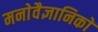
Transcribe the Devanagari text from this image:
मनाेवैज्ञानिकाें